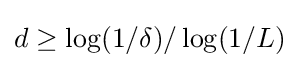
d\geq \log(1/\delta )/\log(1/L)